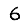
Digit: 6